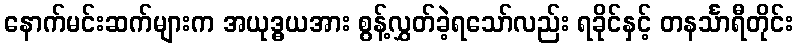
နောက်မင်းဆက်များက အယုဒ္ဓယအား စွန့်လွှတ်ခဲ့ရသော်လည်း ရခိုင်နှင့် တနင်္သာရီတိုင်း